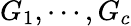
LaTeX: G_{1},\cdots,G_{c}